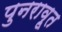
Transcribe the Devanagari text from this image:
पुनरावृ्त